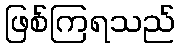
ဖြစ်ကြရသည်